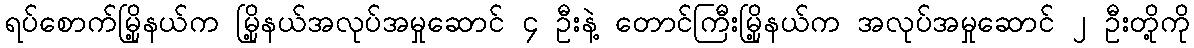
ရပ်စောက်မြို့နယ်က မြို့နယ်အလုပ်အမှုဆောင် ၄ ဦးနဲ့ တောင်ကြီးမြို့နယ်က အလုပ်အမှုဆောင် ၂ ဦးတို့ကို